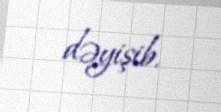
dəyişib.